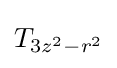
T_{3z^{2}-r^{2}}